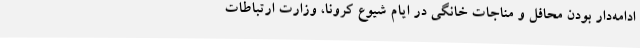
ادامه‌دار بودن محافل و مناجات خانگی در ایام شیوع کرونا، وزارت ارتباطات